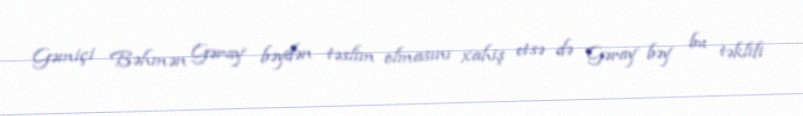
Gəmiçi Bəhmən Gəray bəydən təslim olmasını xahiş etsə də Gəray bəy bu təklifi